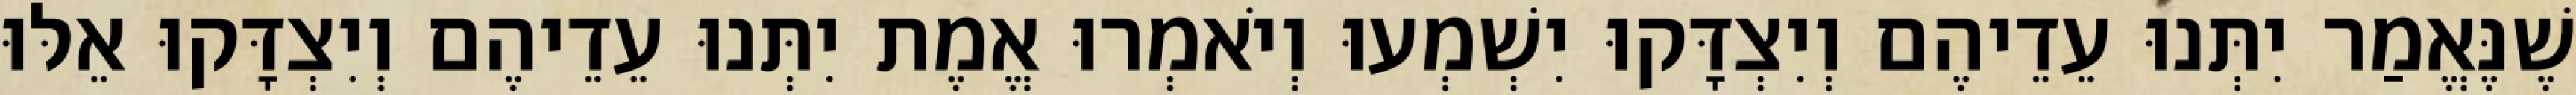
שֶׁנֶּאֱמַר יִתְּנוּ עֵדֵיהֶם וְיִצְדָּקוּ יִשְׁמְעוּ וְיֹאמְרוּ אֱמֶת יִתְּנוּ עֵדֵיהֶם וְיִצְדָּקוּ אֵלּוּ